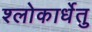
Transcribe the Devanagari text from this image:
श्लोकार्धेतु